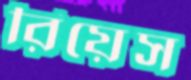
রিয়েস